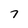
Character: 7